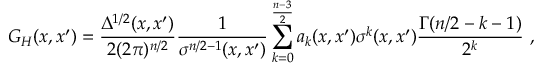
G _ { H } ( x , x ^ { \prime } ) = \frac { \Delta ^ { 1 / 2 } ( x , x ^ { \prime } ) } { 2 ( 2 \pi ) ^ { n / 2 } } \frac 1 { \sigma ^ { n / 2 - 1 } ( x , x ^ { \prime } ) } \sum _ { k = 0 } ^ { \frac { n - 3 } 2 } a _ { k } ( x , x ^ { \prime } ) \sigma ^ { k } ( x , x ^ { \prime } ) \frac { \Gamma ( n / 2 - k - 1 ) } { 2 ^ { k } } \ ,